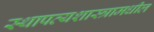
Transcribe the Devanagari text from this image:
स्थापत्यशास्त्रामधील